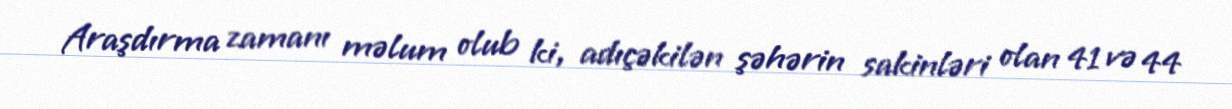
Araşdırma zamanı məlum olub ki, adıçəkilən şəhərin sakinləri olan 41 və 44